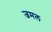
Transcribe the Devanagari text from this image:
जमल